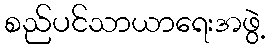
စည်ပင်သာယာရေးအဖွဲ့